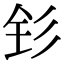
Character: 钐